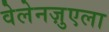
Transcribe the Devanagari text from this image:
वेलेनज़ुएला